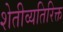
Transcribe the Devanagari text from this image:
शेतीव्यतिरिक्त